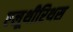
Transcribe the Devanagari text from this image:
एलूथीरिथस